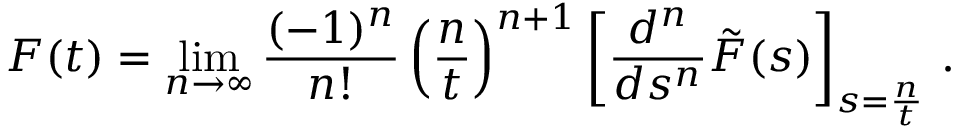
F ( t ) = \operatorname* { l i m } _ { n \to \infty } \frac { ( - 1 ) ^ { n } } { n ! } \left( \frac { n } { t } \right) ^ { n + 1 } \left[ \frac { d ^ { n } } { d s ^ { n } } \tilde { F } ( s ) \right] _ { s = \frac { n } { t } } \, .